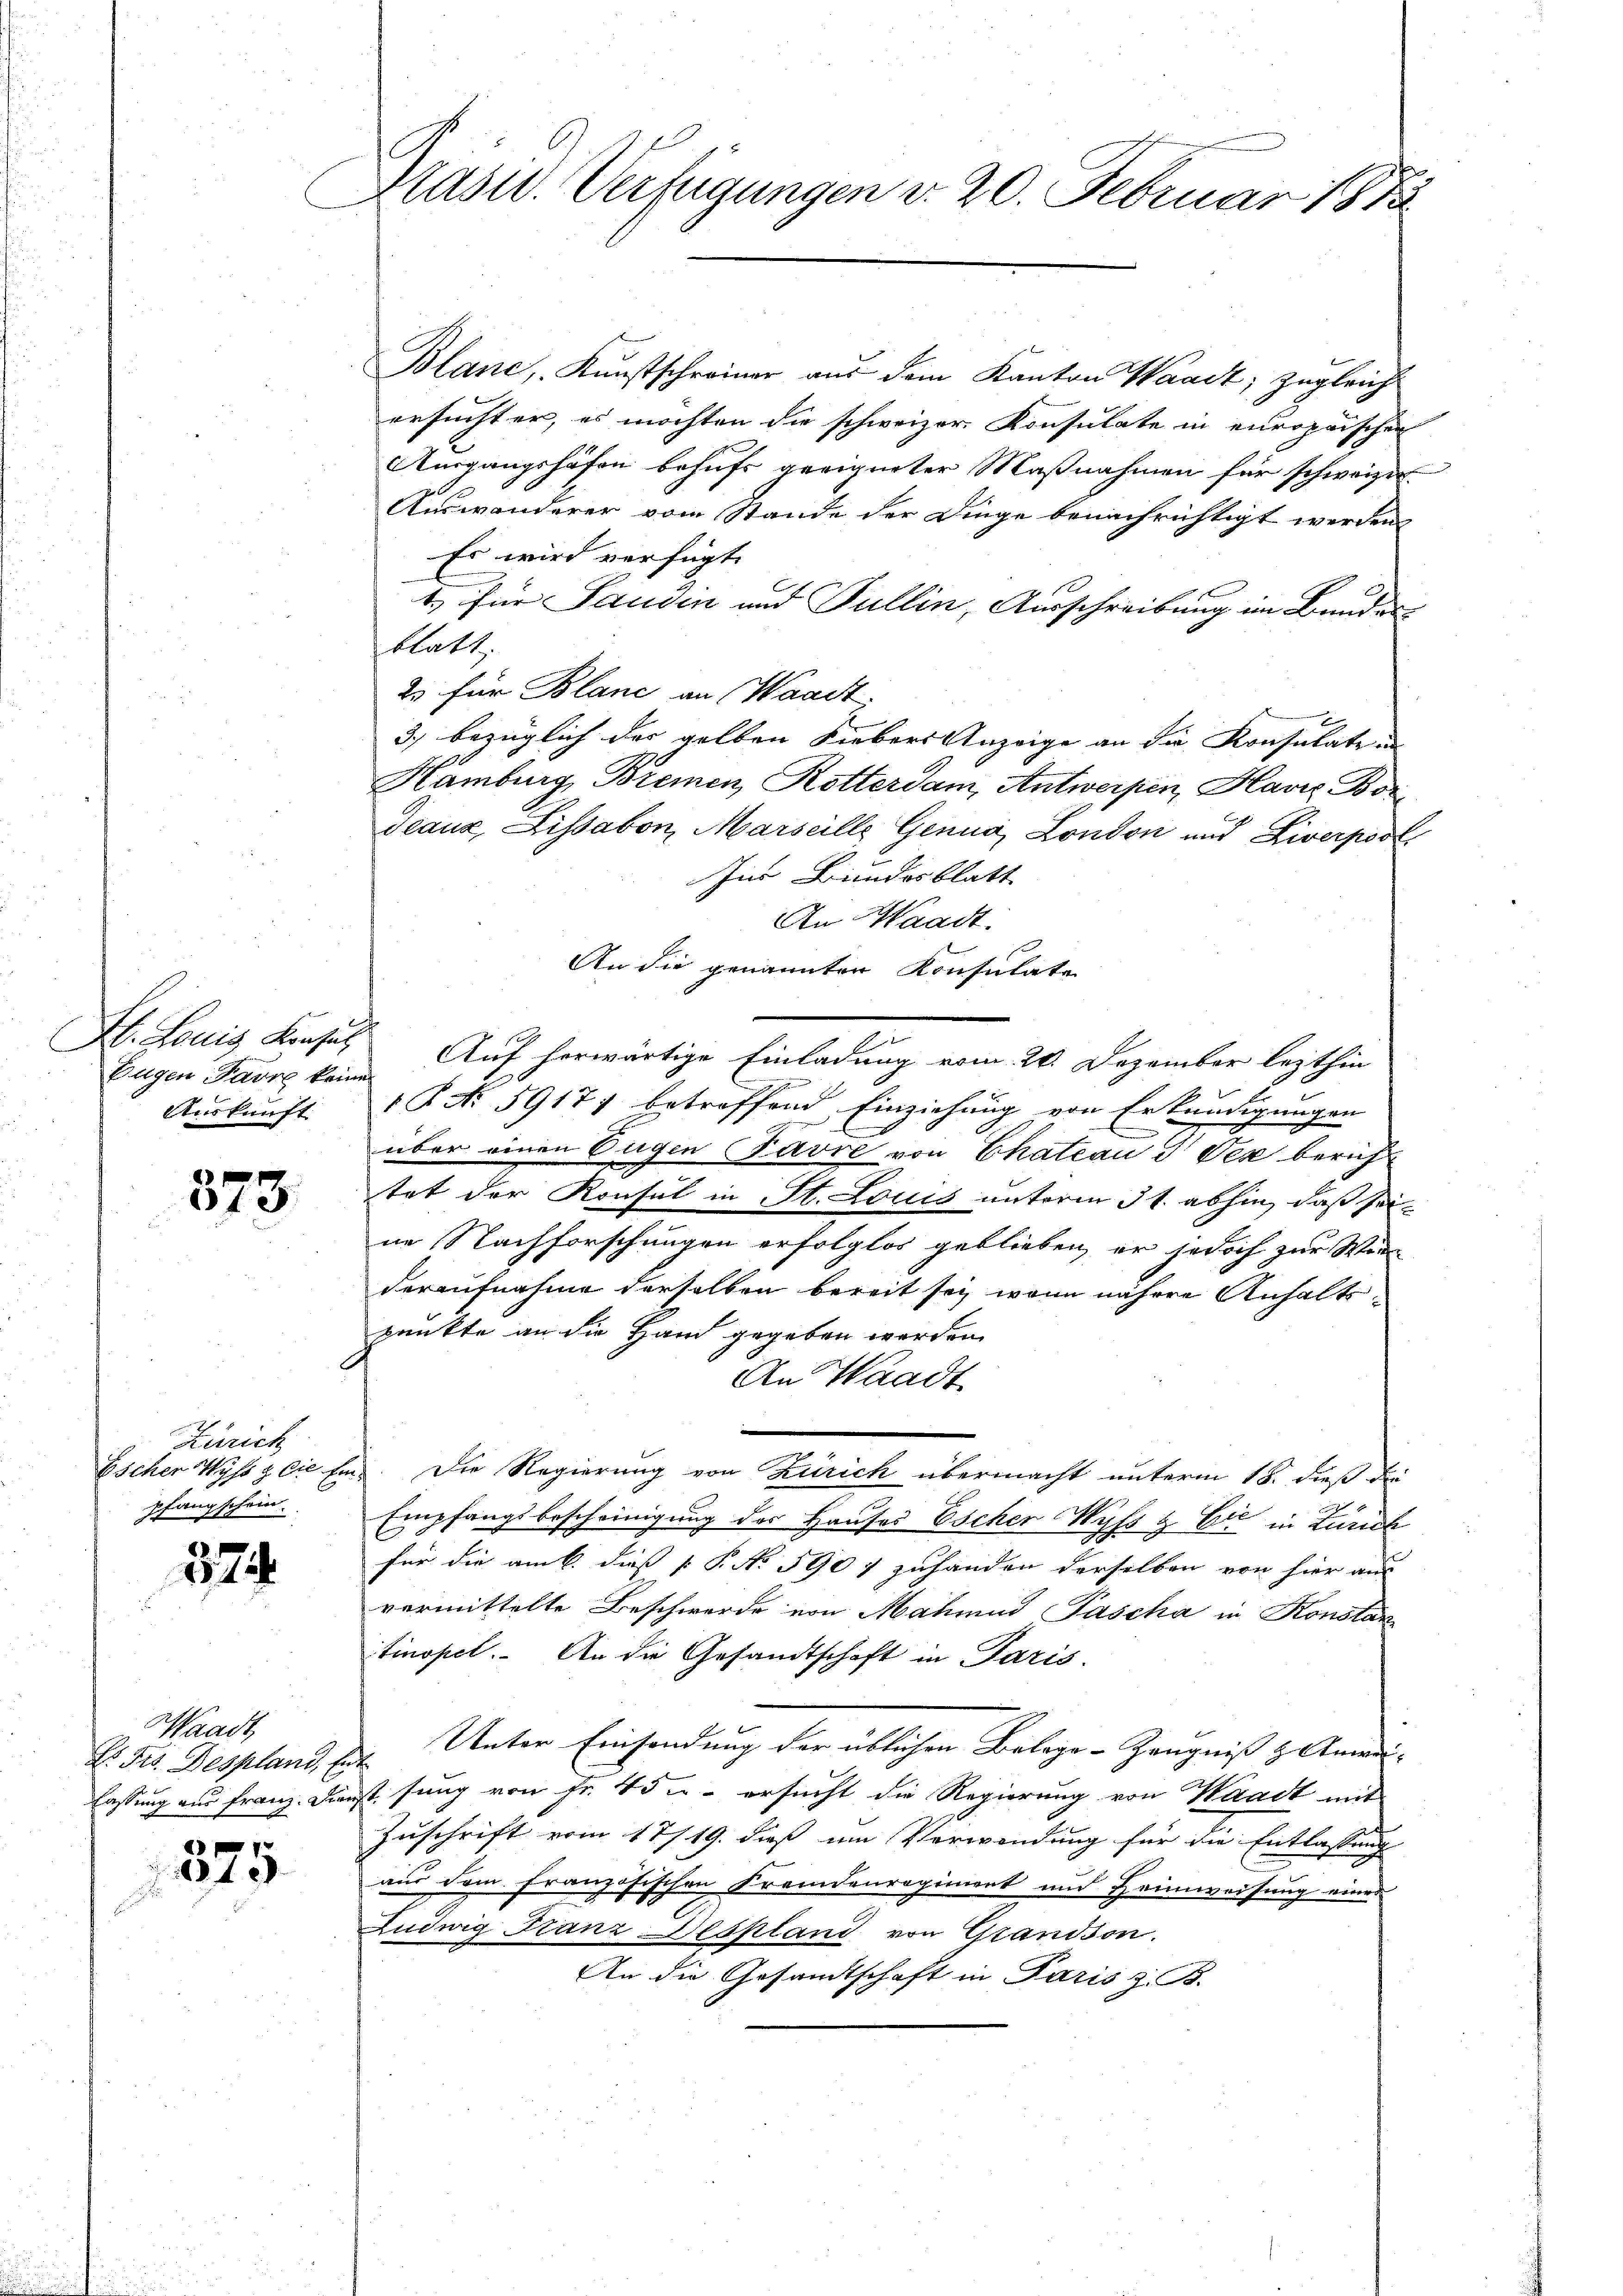
Eugen Parre keine
Auskunft.

373.

Zürich
pfang schein.

324

Waadt,
H. Frs. Despland, Ent

e
40

Grasid. Verfügungen d. 20. Februar 1873

Blanc, Kunstschreiner aus dem Kanton Waadt, zugleich
ersuchter, es möchten die schweizer Konsulate in europaischen
Ausgangshöfen behufs geeigneter Maßnahmen für schweizer
Auswanderer vom Stande der Dinge benachrichtigt werden.
Es wird verfügt:
1. für Saudin und Pullin, Ausschreibung im Bundes
blatt,
2. für Blanc an Waadt,
3) bezüglich der gelben Liebers Anzeige an die Konsulate in
Hamburg, Bremen, Rotterdam, Antwerpen, Havre Bor
deaux, Lissabon, Marseille Genua, London und Liverpost
Ins Bundesblatt
An Waadt.
An die genannten Konsulate
z
H. Louis Konsul Auf herwärtige Einladung vom 20. Dezember lezthin
1
P No 59177 betreffend Einziehung von Erkundigungen
über einen Eugen Favre von Chateau I Vez beruf
tet der Konsul in St. Louis unterm 31. abhin, daß seine Nachforschungen erfolglos geblieben, er jedoch zur Winderaufnahme derselben bereit sey, wenn nähere Anhalts-
punkte an die Hand gegeben werden.
An Waadt
Escher Wyss & Cie Ei. Die Regierung von Zürich übermacht unterm 18. dieß die
Empfangsbescheinigung der Hauses Escher Wyss & Cie in Zürich
für die am 6. dieß P. No 590 f zuhanden derselben von hier aus
vermittelte Beschwerde von Mahmad Tascha in Konstan
tinopel. An die Gesandtschaft in Paris.
Unter Einsendung der üblichen Belege-Zeugniß & Anwe-
lassung aus Franz. Dienst sung von Fr. 45 u. ersucht die Regierung von Waadt mit
Zuschrift vom 17/19. dieß im Verwendung für die Entlassung
aus dem französischen Fremdenregiment und Heimweisung eine
Ludwig Franz Despland von Grandson.
An die Gesandtschaft in Paris z. B.